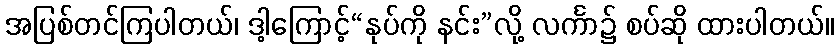
အပြစ်တင်ကြပါတယ်၊ ဒါ့ကြောင့်“နုပ်ကို နင်း”လို့ လင်္ကာ၌ စပ်ဆို ထားပါတယ်။